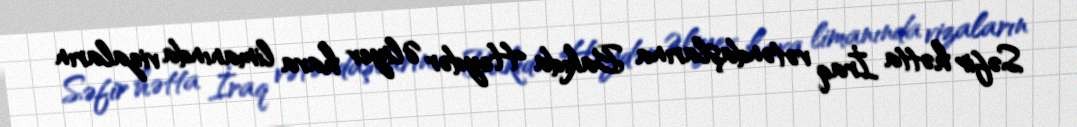
Səfir hətta İraq vətəndaşlarına Bakıda Heydər Əliyev hava limanında vizaların